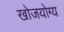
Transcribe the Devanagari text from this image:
खोजयोग्य